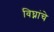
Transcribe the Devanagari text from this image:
विघ्नांचे